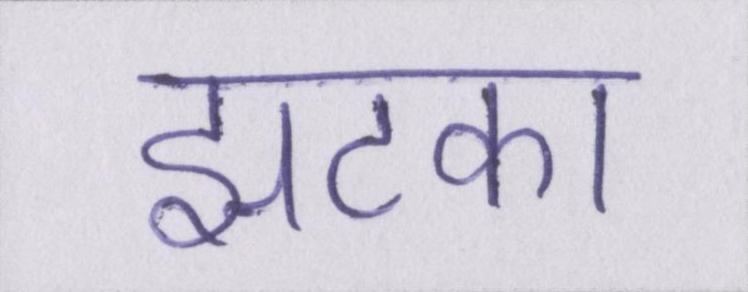
झटका